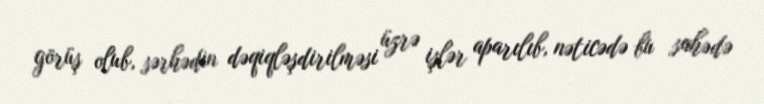
görüş olub, sərhədin dəqiqləşdirilməsi üzrə işlər aparılıb, nəticədə bu sahədə